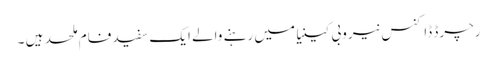
رچرڈ ڈاکنس نیروبی کینیا میں رہنے والے ایک سفید فام ملحد ہیں ۔